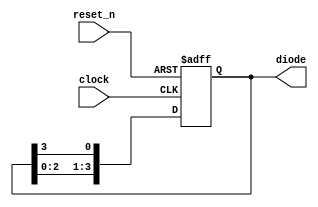
module led4_pipe (
  reset_n,
  clock,
  diode
);

  input             reset_n;
  input             clock;
  output [3:0]      diode;

  reg    [3:0]      diode;

  always @( posedge clock or negedge reset_n ) begin
    if ( ~reset_n ) begin
      diode[3:0] <= 4'b0001;
    end
    else begin
      diode[0] <= diode[3];
      diode[1] <= diode[0];
      diode[2] <= diode[1];
      diode[3] <= diode[2];
    end
  end

endmodule